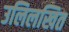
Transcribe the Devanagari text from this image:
उलिलखित